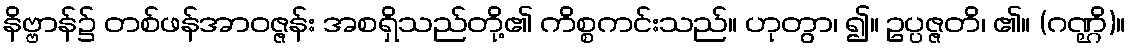
နိဗ္ဗာန်၌ တစ်ဖန်အာဝဇ္ဇန်း အစရှိသည်တို့၏ ကိစ္စကင်းသည်။ ဟုတွာ၊ ၍။ ဥပ္ပဇ္ဇတိ၊ ၏။ (ဂဏ္ဌိ)။